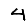
Digit: 4